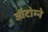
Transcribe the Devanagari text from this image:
औटोम्ने